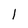
Character: l